Sketch of the medical history of the native army of Bombay, for the year
Year: 1872
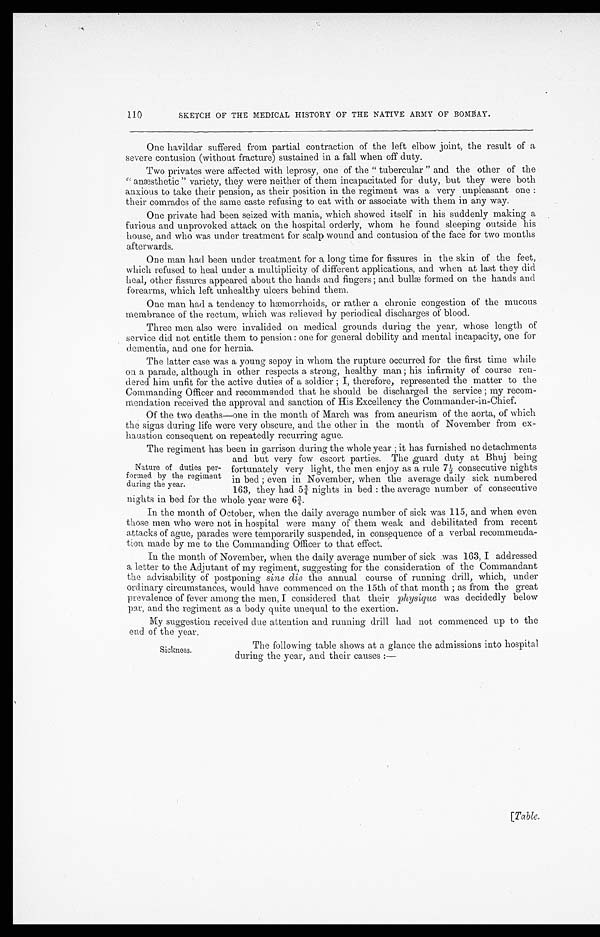
110
SKETCH OF THE MEDICAL HISTORY OF THE NATIVE ARMY OF BOMBAY.
One havildar suffered from partial contraction of the left elbow joint, the result of a
severe contusion (without fracture) sustained in a fall when off duty.
Two privates were affected with leprosy, one of the " tubercular " and the other of the
anæsthetic " variety, they were neither of them incapacitated for duty, but they were both
anxious to take their pension, as their position in the regiment was a very unpleasant one :
their comrades of the same caste refusing to eat with or associate with them in any way.
One private had been seized with mania, which showed itself in his suddenly making a
furious and unprovoked attack on the hospital orderly, whom he found sleeping outside his
house, and who was under treatment for scalp wound and contusion of the face for two months
afterwards.
One man had been under treatment for a long time for fissures in the skin of the feet,
which refused to heal under a multiplicity of different applications, and when at last they did
heal, other fissures appeared about the hands and fingers ; and bulæ formed on the hands and
forearms, which left unhealthy ulcers behind them.
One man had a tendency to hæmorrhoids, or rather a chronic congestion of the mucous
membrance of the rectum, which was relieved by periodical discharges of blood.
Three men also were invalided on medical grounds during the year, whose length of
service did not entitle them to pension : one for general debility and mental incapacity, one for
dementia, and one for hernia.
The latter case was a young sepoy in whom the rupture occurred for the first time while
on a parade, although in other respects a strong, healthy man ; his infirmity of course ren-
dered him unfit for the active duties of a soldier ; I, therefore, represented the matter to the
Commanding Officer and recommended that lie should be discharged the service ; my recom-
mendation received the approval and sanction of His Excellency the Commander-in-Chief.
Of the two deaths—one in the month of March was from aneurism of the aorta, of which
the signs during life were very obscure, and the other in the month of November from ex-
haustion consequent on repeatedly recurring ague.
The regiment has been in garrison during the whole year ; it has furnished no detachments
and but very few escort parties. The guard duty at Bhuj being
fortunately very light, the men enjoy as a rule 7; consecutive nights
in bed ; even in November, when the average daily sick numbered
163, they had n nights in bed : the average number of consecutive
nights in bed for the whole year were 63/4.
In the month of October, when the daily average number of sick was 115, and when even
those men who were not in hospital were many of them weak and debilitated from recent
attacks of ague, parades were temporarily suspended, in consequence of a verbal recommenda-
tion made by me to the Commanding Officer to that effect.
In the month of November, when the daily average number of sick was 163, I addressed
a letter to the Adjutant of my regiment, suggesting for the consideration of the Commandant
the advisability of postponing sine die the annual course of running drill, which, under
ordinary circumstances, would have commenced on the 15th of that month ; as from the great
prevalence of fever among the men, I considered that their physique was decidedly below
par, and the regiment as a body quite unequal to the exertion.
My suggestion received due attention and running drill had not commenced up to the
end of the Year.
Nature of duties per-
formed by the regiment
during the year.
Sickness.
The following table shows at a glance the admissions into hospital
during the year, and their causes :—